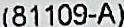
(81109-A)